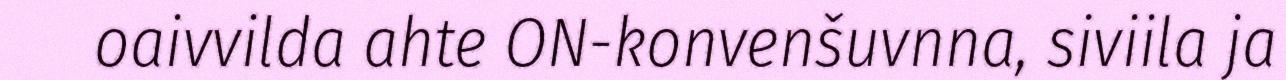
oaivvilda ahte ON-konvenšuvnna, siviila ja